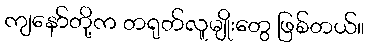
ကျနော်တို့က တရုတ်လူမျိုးတွေ ဖြစ်တယ်။